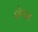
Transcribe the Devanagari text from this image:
शेफा